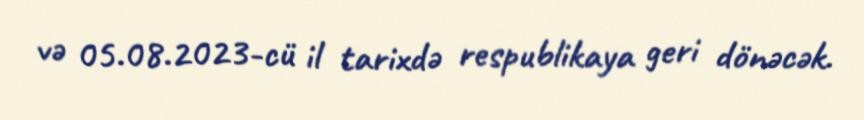
və 05.08.2023-cü il tarixdə respublikaya geri dönəcək.